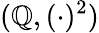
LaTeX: (\mathbb{Q},(\cdot)^{2})